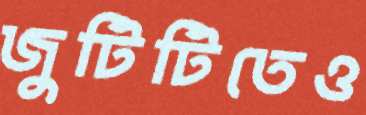
জুটিটিতেও